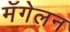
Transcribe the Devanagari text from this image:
मॅगेलन